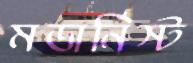
মডার্নিস্ট